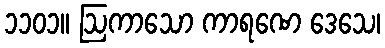
၁၁၀၁။ ဩကာသော ကာရဏေ ဒေသေ၊